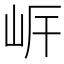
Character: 㟁